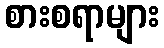
စားစရာများ